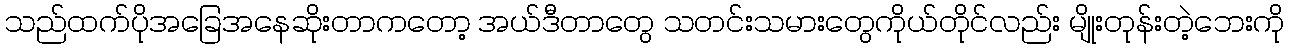
သည်ထက်ပိုအခြေအနေဆိုးတာကတော့ အယ်ဒီတာတွေ သတင်းသမားတွေကိုယ်တိုင်လည်း မျိုးတုန်းတဲ့ဘေးကို